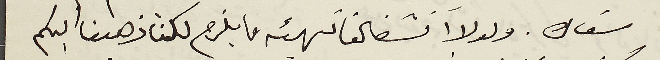
سَعاده. ولولا انشغالنا تهيئه ما يلزم لكنا ذهبنا اليكم